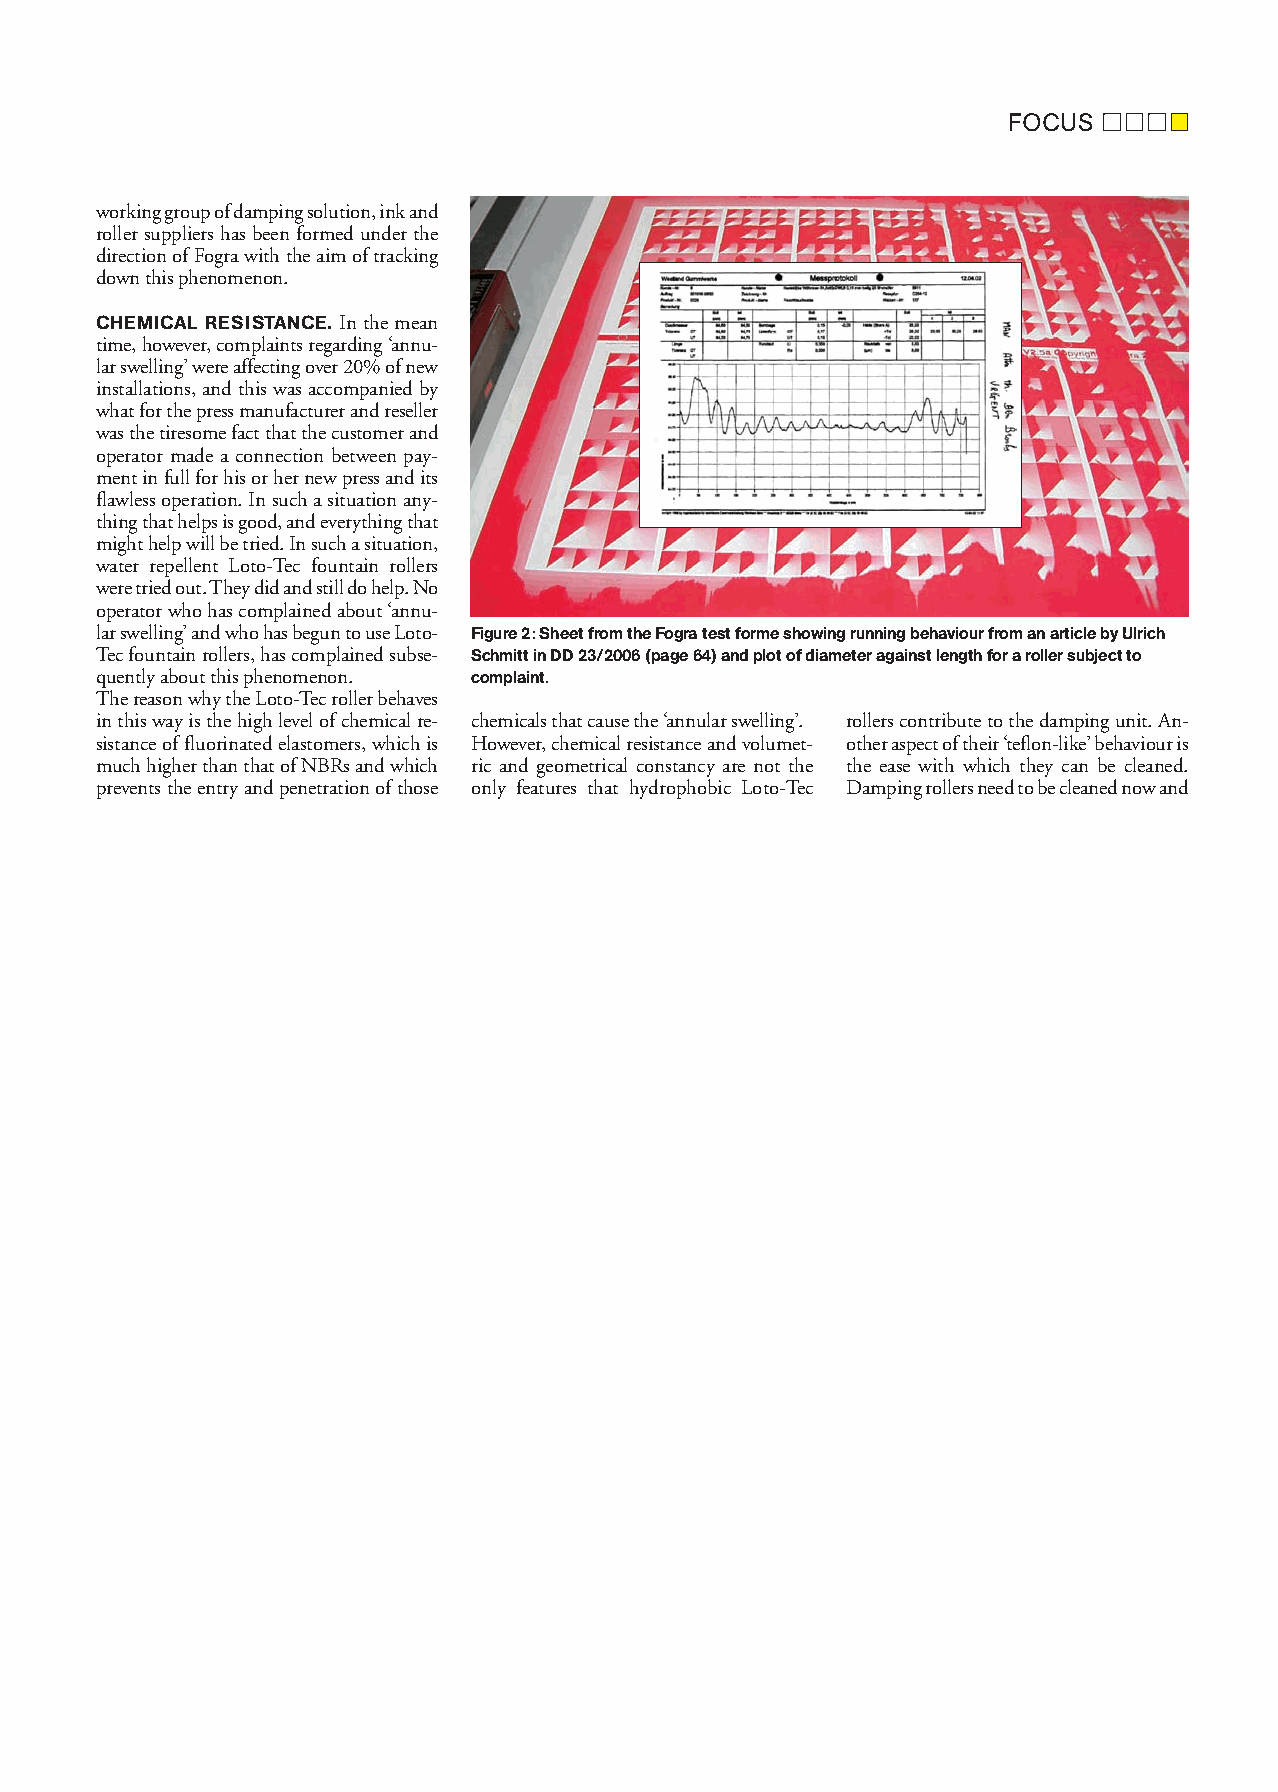
FOCUS
 workinggroupofdampingsolution,inkand
 rollersuppliershasbeenformedunderthe
 directionofFograwiththeaimoftracking
 downthisphenomenon.
 CHEMICAL RESISTANCE. Inthemean
 time,however,complaintsregarding‘annu-
 larswelling’wereaffectingover20%ofnew
 installations,andthiswasaccompaniedby
 whatforthepressmanufacturerandreseller
 wasthetiresomefactthatthecustomerand
 operator made a connection between pay-
 mentinfullforhisorhernewpressandits
 flawlessoperation.Insuchasituationany-
 thingthathelpsisgood,andeverythingthat
 mighthelpwillbetried.Insuchasituation,
 water repellent Loto-Tec fountain rollers
 weretriedout.Theydidandstilldohelp.No
 operatorwhohascomplainedabout‘annu-
 larswelling’andwhohasbeguntouseLoto- Figure2:SheetfromtheFogratestformeshowingrunningbehaviourfromanarticlebyUlrich
 Tecfountainrollers,hascomplainedsubse- SchmittinDD23/2006(page64)andplotofdiameteragainstlengthforarollersubjectto
 quentlyaboutthisphenomenon. complaint.
 ThereasonwhytheLoto-Tecrollerbehaves
 inthiswayisthehighlevelofchemicalre- chemicalsthatcausethe‘annularswelling’. rollerscontributetothedampingunit.An-
 sistanceoffluorinatedelastomers,whichis However,chemicalresistanceandvolumet- otheraspectoftheir‘teflon-like’behaviouris
 muchhigherthanthatofNBRsandwhich ric and geometrical constancy are not the the ease with which they can be cleaned.
 preventstheentryandpenetrationofthose only features that hydrophobic Loto-Tec Dampingrollersneedtobecleanednowand